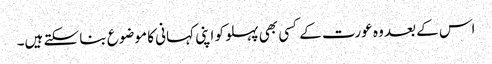
اس کے بعد وہ عورت کے کسی بھی پہلو کو اپنی کہانی کا موضوع بنا سکتے ہیں۔